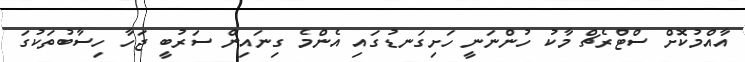
އާއްމުކޮށް ސްޓްރެޗް މާކު ހުންނަނީ ހަށިގަނޑުގައި އެންމެ ގިނައިން ސަރުބީ ޖަހާ ހިސާބުތަކުގަ